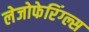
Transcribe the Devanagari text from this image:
लेजोफेरिंग्ल्स